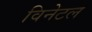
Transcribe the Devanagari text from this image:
विनेटल